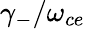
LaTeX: \gamma_{-}/\omega_{ce}